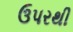
ઉપરથી